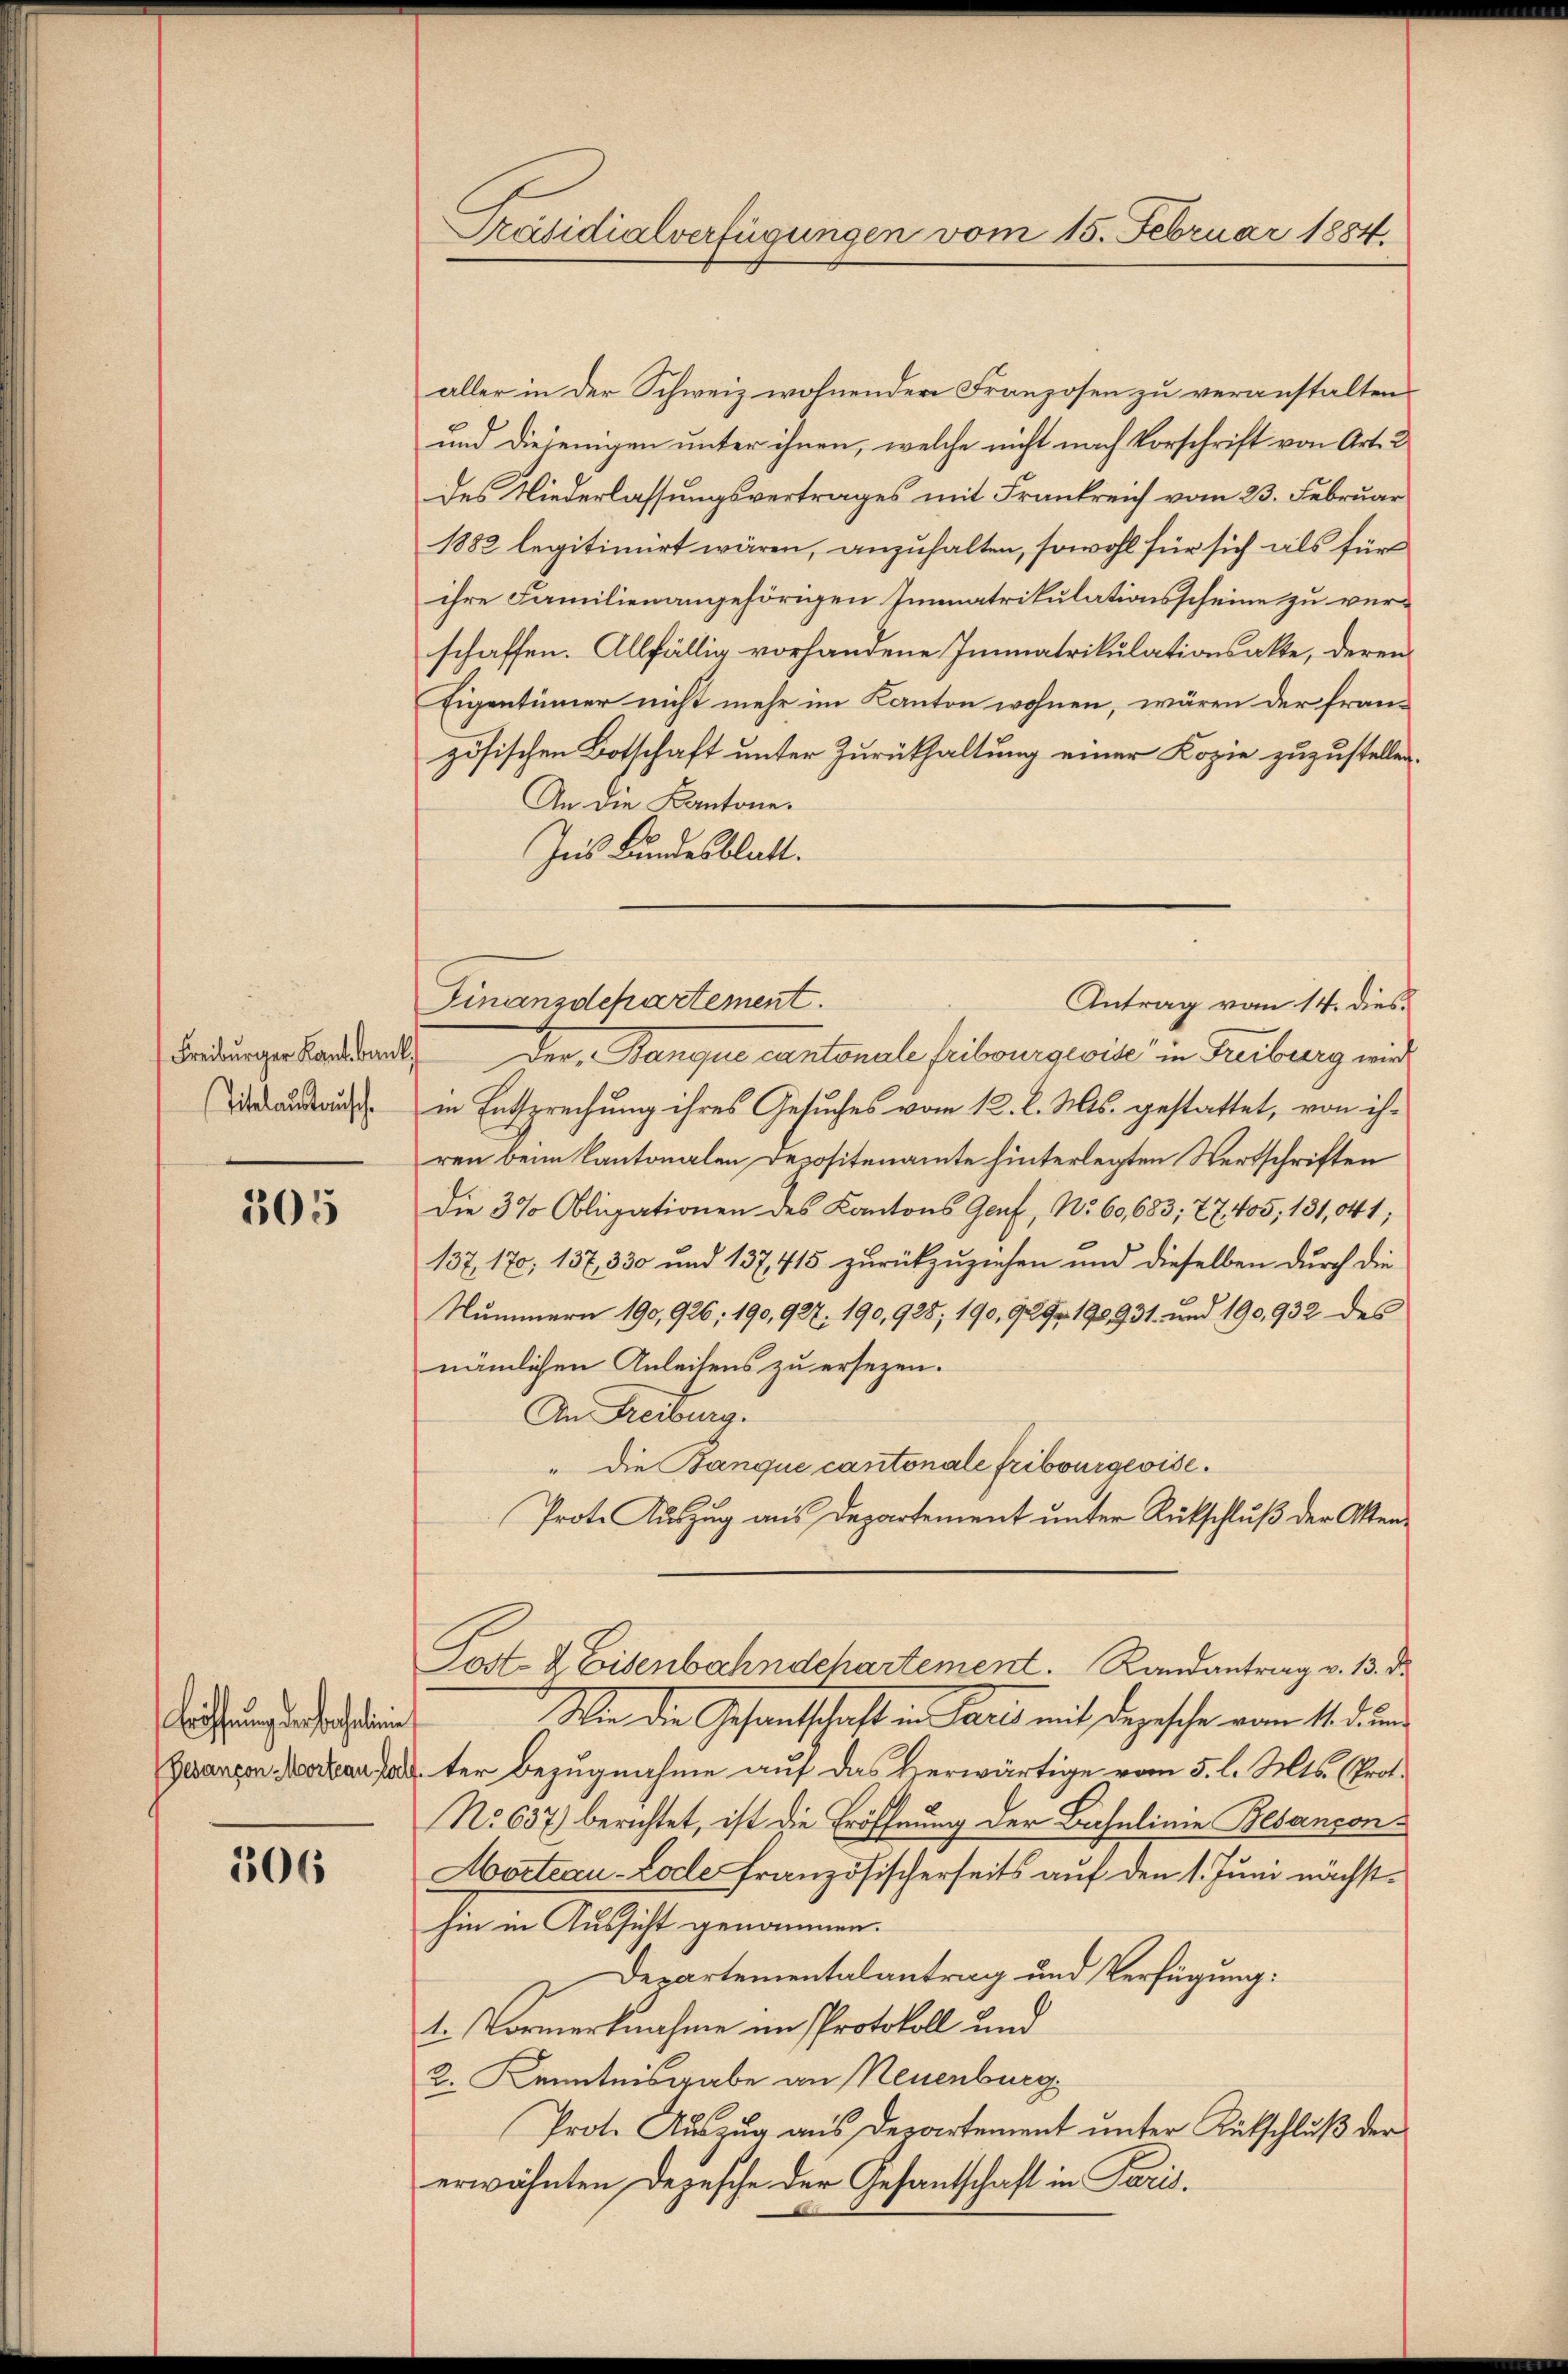
Freiburger Kant bank.
Titelaustausch.

305

Bröffnung der Sachen
(Gesançon Morteau fol

306

Präsidialverfügungen vom 15. Februar 1884.

Finanzdepartement.

aller in der Schweiz wohnenden Franzosen zu veranstalten
und diejenigen unter ihnen, welche nicht nach Vorschrift von Art. 2
des Niederlassungsvertrages mit Frankreich vom 23. Februar
1882 legitimirt wären, anzuhalten, sowohl für sich als für
ihre Familien angehörigen Immatrikulationsscheine zu verschaffen. Allfällig vorhandene Immatrikulationsakte, deren
Eigentümer nicht mehr im Kanton wohnen, wären der französischen Botschaft unter Zurückhaltung einer Kopie zuzustellen.
An die Kantone.
Ins Bundesblatt.
I Der Banque cantonale fibourgwil in Freiburg mich
in Entsprechung ihres Gesuches vom 12. l. Mts. gestattet, von ihren beim Kantonalen Depositenamte hinterlegten Wertschriften
Die 3% Obligationen des Kantons Genf, No. 60,683, 27. 405, 181,041;
137, 170, 137, 330 und 137,415 zurückzuziehen und dieselben durch die
Nummern 190, 926, 190, 927, 190, 928, 190, 929. 190,931. und 190, 932 des
nämlichen Anleitens zu ersezen.
An Freiburg.
" die Banque cantonale Fribourgeoise.
Prote Auszug aus Departement unter Rückschluß der Akten¬
Post- u. Eisenbahndchartement. Randantrag v. 13. d.
Wie die Gesandtschaft in Paris mit Depesche vom 14. d. ein
ter Bezugnahme auf das Herwärtige vom 5. l. Mts. (Prot.
No 637) berichtet, ist die Eröffnung der Bahnlinie Besançon¬
Morteau-Lode französischerseits auf den 1. Juni nächsthin in Aussicht genommen.
Departementalantrag und Verfügung:
1. Vormerknahme im Protokoll und
2. Kenntnisgabe an Neuenburg,
Prot. Auszug aus Departement unter Entschluß der
erwähnten Depesche der Gesantschaft in Paris.

Antrag vom 14. dies